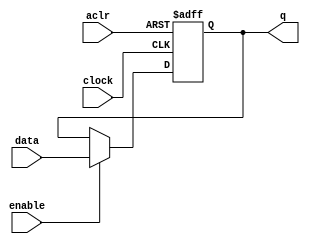
// synopsys translate_off
`timescale 1 ps / 1 ps
// synopsys translate_on
module register_8bit_special (
	aclr,
	clock,
	data,
	enable,
	q);

	input	  aclr;
	input	  clock;
	input	[7:0]  data;
	input	  enable;
	output reg	[7:0]  q;
	
	always @(posedge clock, posedge aclr)
	begin
		if (aclr)
			q <= 8'b00001010;
		else if (enable)
			q <= data;
	end

endmodule